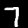
Digit: 7